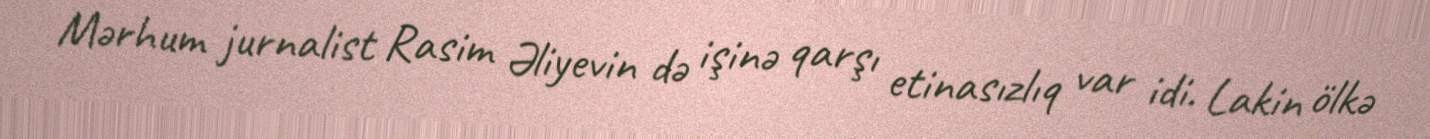
Mərhum jurnalist Rasim Əliyevin də işinə qarşı etinasızlıq var idi. Lakin ölkə